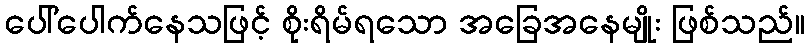
ပေါ်ပေါက်နေသဖြင့် စိုးရိမ်ရသော အခြေအနေမျိုး ဖြစ်သည်။